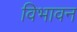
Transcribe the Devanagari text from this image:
विभावन